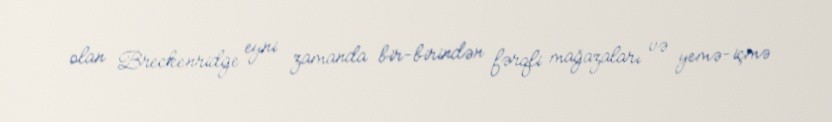
olan Breckenridge eyni zamanda bir-birindən fərqli mağazaları və yemə-içmə